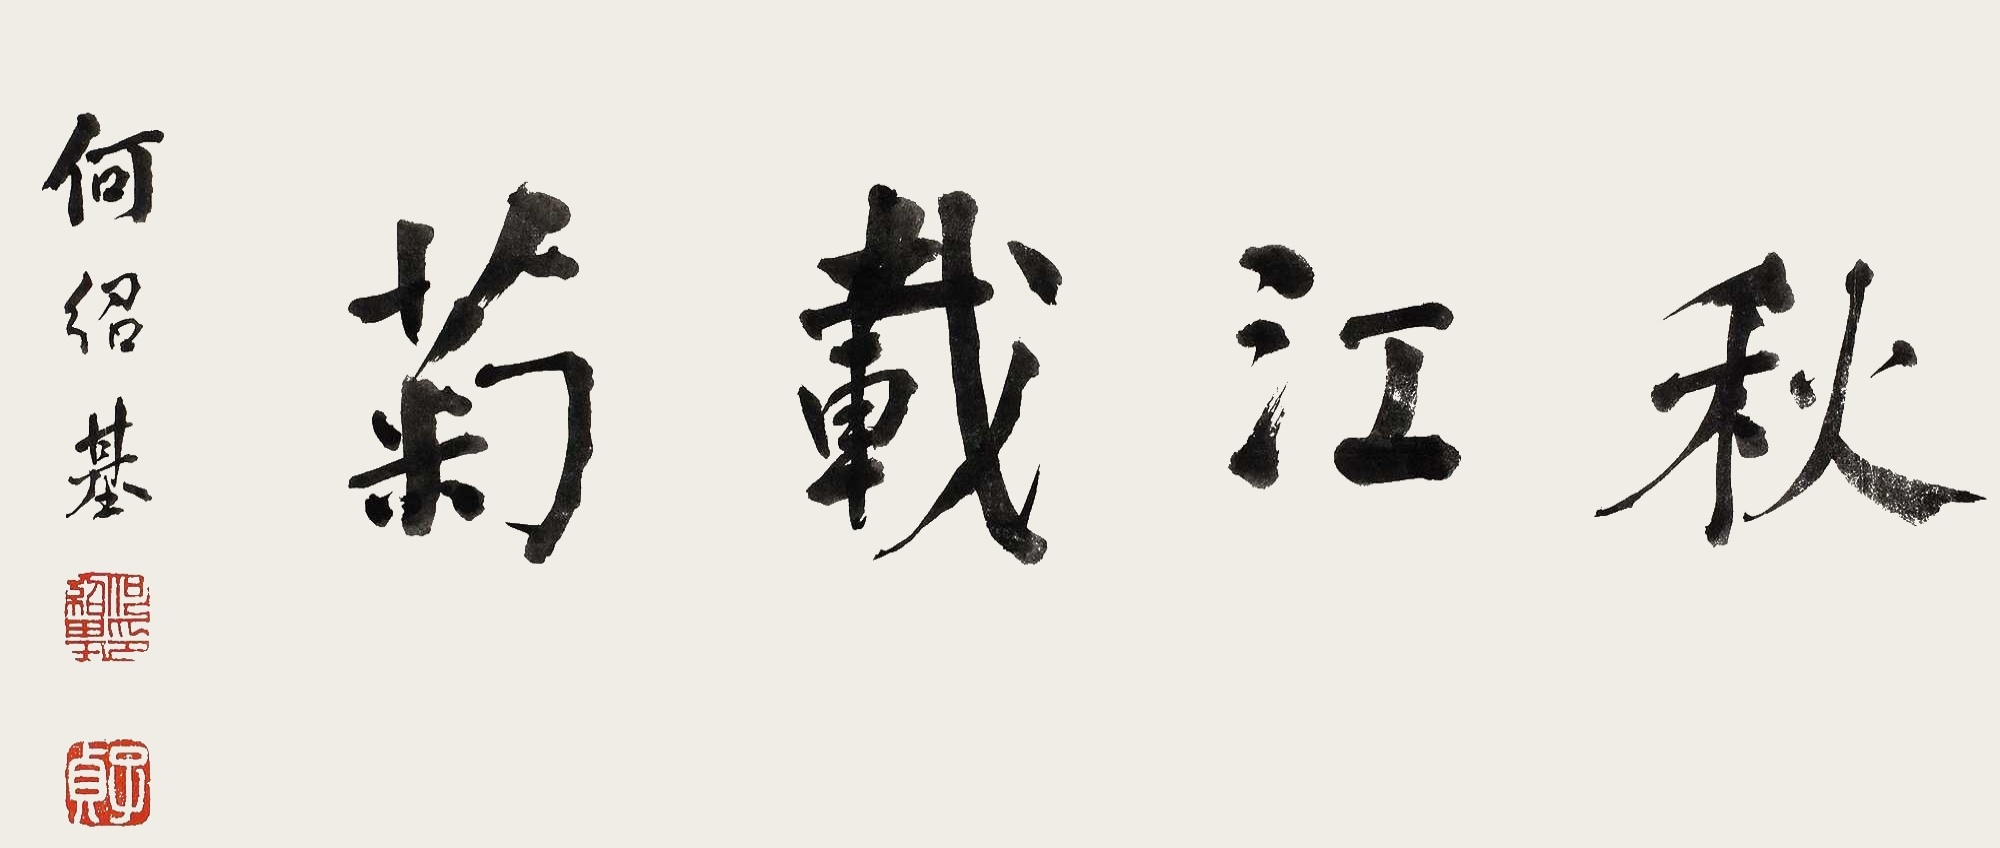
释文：秋江载菊何绍基。